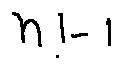
n ! - 1